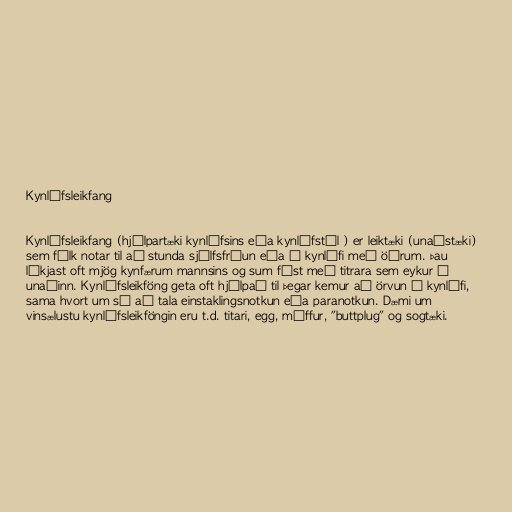
Kynlífsleikfang

Kynlífsleikfang (hjálpartæki kynlífsins eða kynlífstól ) er leiktæki (unaðstæki)
sem fólk notar til að stunda sjálfsfróun eða í kynlífi með öðrum. Þau
líkjast oft mjög kynfærum mannsins og sum fást með titrara sem eykur á
unaðinn. Kynlífsleikföng geta oft hjálpað til þegar kemur að örvun í kynlífi,
sama hvort um sé að tala einstaklingsnotkun eða paranotkun. Dæmi um
vinsælustu kynlífsleikföngin eru t.d. titari, egg, múffur, "buttplug" og sogtæki.